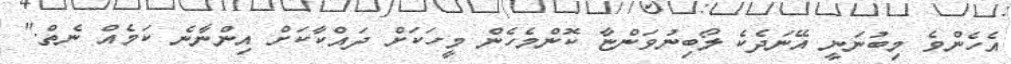
އެހެންވެ މިބުނަނީ އޭނަދެކެ ލޯބިނުވަންޏާ ކޮންމެހެން މީހަކަށް ދައްކާކަށް އިންނާނެ ކަމެއް ނެތް."